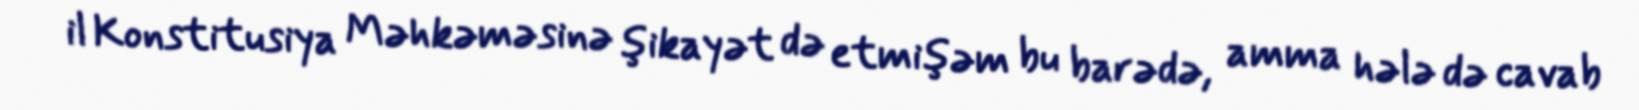
il Konstitusiya Məhkəməsinə şikayət də etmişəm bu barədə, amma hələ də cavab